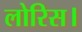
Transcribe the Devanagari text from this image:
लोरिस।